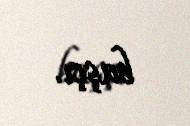
başçı.